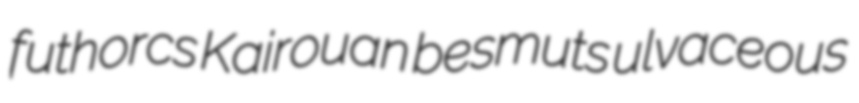
futhorcs Kairouan besmuts ulvaceous